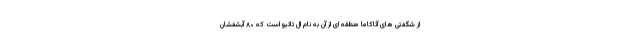
از شگفتی های آتاکاما منطقه ای از آن به نام ال تاتیو است که ۸۰ آبشفشان